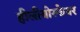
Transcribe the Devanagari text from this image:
हीलीयोस्फेयर